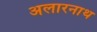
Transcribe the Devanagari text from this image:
अलारनाथ